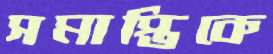
সমাপ্তিকে